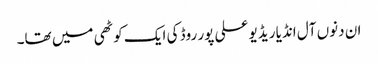
ان دنوں آل انڈیا ریڈیو علی پور روڈ کی ایک کوٹھی میں تھا۔